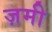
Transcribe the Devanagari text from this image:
ज़मी